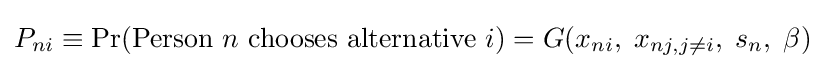
P_{ni}\equiv \Pr({\text{Person }}n{\text{ chooses alternative }}i)=G(x_{ni},\;x_{nj,j\neq i},\;s_{n},\;\beta )